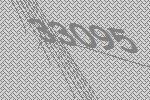
33095